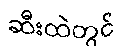
ဆီးထဲတွင်